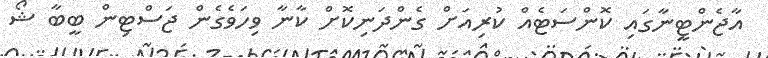
އާޖެންޓީނާގައި ކޮންސަޓެއް ކުރިއަށް ގެންދަނިކޮށް ކާނާ ވިހަވެގެން ޖަސްޓިން ބީބާ ޝޯ